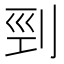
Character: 剄